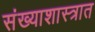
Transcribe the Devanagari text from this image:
संख्याशास्त्रात